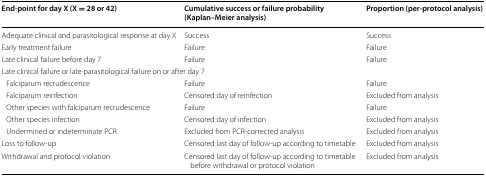
| End-point for day X (X = 28 or 42) | Cumulative success or failure probability (Kaplan–Meier analysis) | Proportion (per-protocol analysis) |
 | --- | --- | --- |
 | Adequate clinical and parasitological response at day X | Success | Success |
 | Early treatment failure | Failure | Failure |
 | Late clinical failure before day 7 | Failure | Failure |
 | <COLSPAN=3> Late clinical failure or late parasitological failure on or after day 7 |
 | Falciparum recrudescence | Failure | Failure |
 | Falciparum reinfection | Censored day of reinfection | Excluded from analysis |
 | Other species with falciparum recrudescence | Failure | Failure |
 | Other species infection | Censored day of infection | Excluded from analysis |
 | Undermined or indeterminate PCR | Excluded from PCR-corrected analysis | Excluded from analysis |
 | Loss to follow-up | Censored last day of follow-up according to timetable | Excluded from analysis |
 | Withdrawal and protocol violation | Censored last day of follow-up according to timetable before withdrawal or protocol violation | Excluded from analysis |